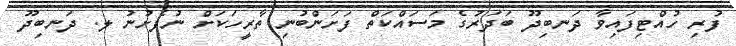
ފުރި ހުއްޓިފައިވާ ދަނބިދޫ ބަދަރުގެ މަސައްކަތް ފަށަންބުނި ތާރީހަކަށް ނުފެށުނު ލ. ދަނބިދޫ